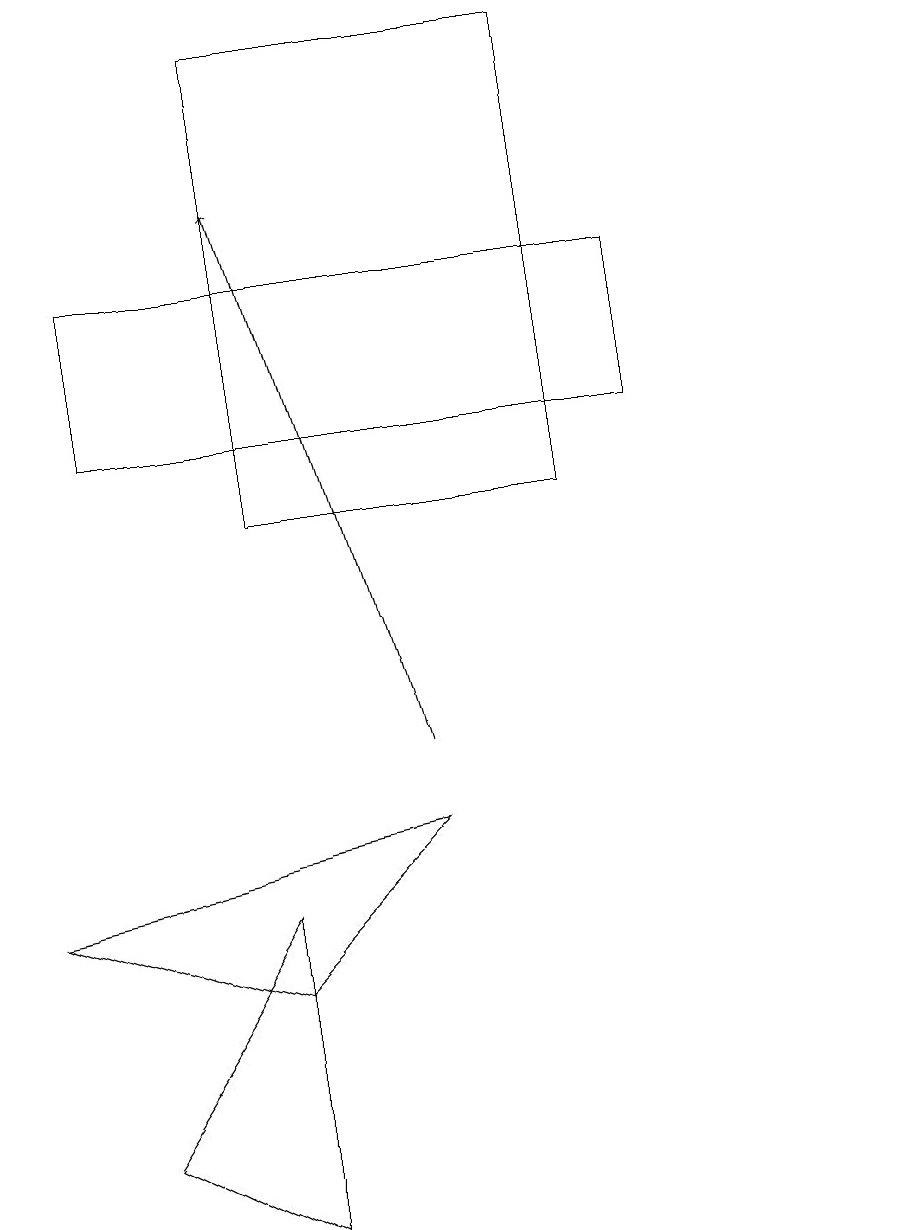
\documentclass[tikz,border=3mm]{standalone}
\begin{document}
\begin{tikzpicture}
\draw[->] (5,10) -- (3,17);
\draw (5,9) -- (0,8) -- (3,7) -- cycle;
\draw (3,13) rectangle (7,19);
\draw (8,16) rectangle (1,14);
\draw (1,5) -- (3,8) -- (3,4) -- cycle;
\draw (11,10) circle (0);
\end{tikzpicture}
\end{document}